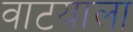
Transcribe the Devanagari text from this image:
वाटयाला